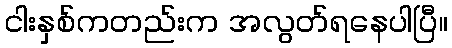
ငါးနှစ်ကတည်းက အလွတ်ရနေပါပြီ။